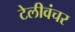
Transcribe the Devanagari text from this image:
टेलीवंचर